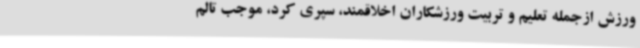
ورزش ازجمله تعلیم و تربیت ورزشکاران اخلاقمند، سپری کرد، موجب تالم